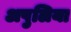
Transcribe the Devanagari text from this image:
अपुलिया